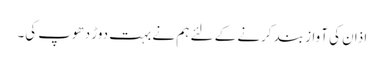
اذان کی آواز بند کرنے کے لئے ہم نے بہت دوڑ دھوپ کی۔